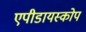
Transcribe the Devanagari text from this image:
एपीडायस्कोप